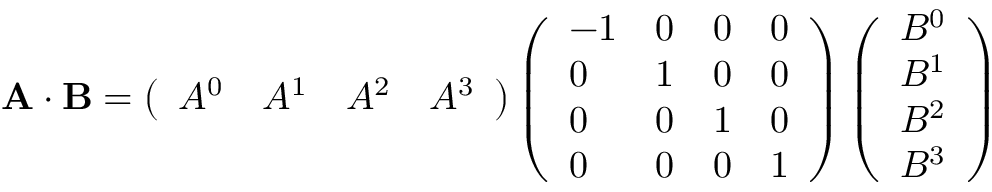
\mathbf { A \cdot B } = \left( { \begin{array} { l l l l } { A ^ { 0 } } & { A ^ { 1 } } & { A ^ { 2 } } & { A ^ { 3 } } \end{array} } \right) \left( { \begin{array} { l l l l } { - 1 } & { 0 } & { 0 } & { 0 } \\ { 0 } & { 1 } & { 0 } & { 0 } \\ { 0 } & { 0 } & { 1 } & { 0 } \\ { 0 } & { 0 } & { 0 } & { 1 } \end{array} } \right) \left( { \begin{array} { l } { B ^ { 0 } } \\ { B ^ { 1 } } \\ { B ^ { 2 } } \\ { B ^ { 3 } } \end{array} } \right)